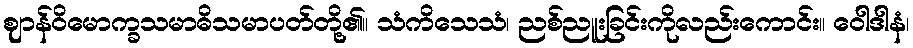
ဈာန်ဝိမောက္ခသမာဓိသမာပတ်တို့၏။ သံကိသေသံ၊ ညစ်ညူးခြင်းကိုလည်းကောင်း။ ဝေါဒါနံ၊